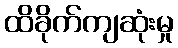
ထိခိုက်ကျဆုံးမှု